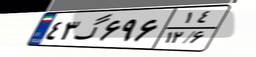
۴۳گ۶۹۶۱۴